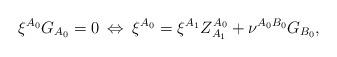
LaTeX: \begin{align*}\xi^{A_{0}}G_{A_{0}} = 0 \: \Leftrightarrow \: \xi^{A_{0}} =\xi^{A_{1}}Z^{A_{0}}_{A_{1}} + \nu^{A_{0}B_{0}}G_{B_{0}},\end{align*}